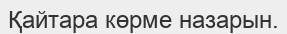
Қайтара көрме назарын.